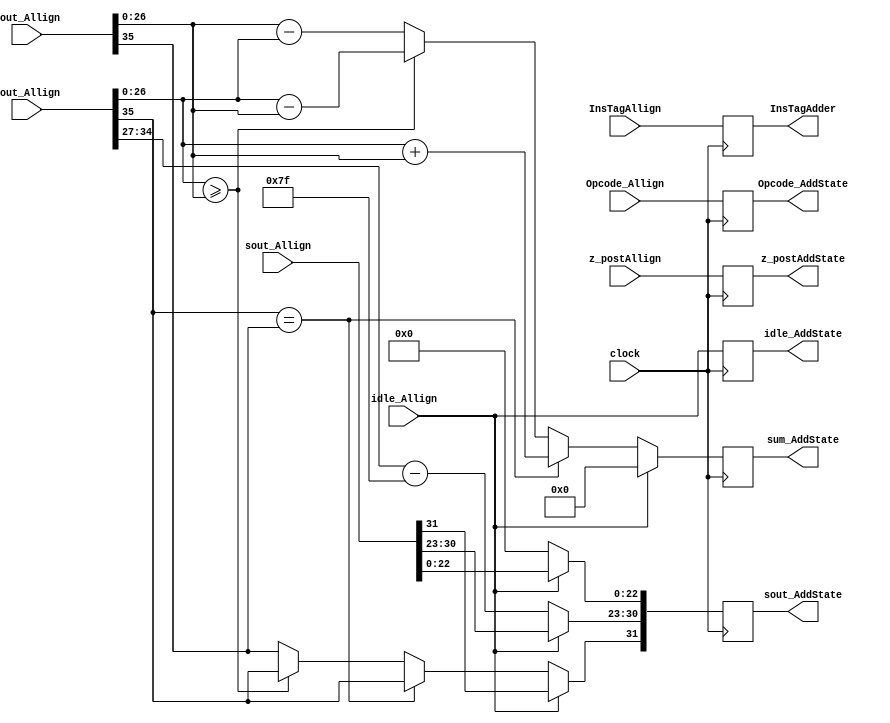
`timescale 1ns / 1ps
//////////////////////////////////////////////////////////////////////////////////
// Company: 
// Engineer: 
// 
// Design Name: 
// Module Name:    Add 
// Project Name: 
// Target Devices: 
// Tool versions: 
// Description: 
//
// Dependencies: 
//
// Revision: 
// Revision 0.01 - File Created
// Additional Comments: 
//
//////////////////////////////////////////////////////////////////////////////////
module AddProcess(
	input [31:0] z_postAllign,
	input [3:0] Opcode_Allign,
	input idle_Allign,
	input [35:0] cout_Allign,
	input [35:0] zout_Allign,
	input [31:0] sout_Allign,
	input [7:0] InsTagAllign,
	input clock,
	output reg idle_AddState,
	output reg [31:0] sout_AddState,
	output reg [27:0] sum_AddState,
	output reg [3:0] Opcode_AddState,
	output reg [31:0] z_postAddState,
	output reg [7:0] InsTagAdder
    );
parameter no_idle = 1'b0,
			 put_idle = 1'b1;

wire z_sign;
wire [7:0] z_exponent;
wire [26:0] z_mantissa;

wire c_sign;
wire [7:0] c_exponent;
wire [26:0] c_mantissa;

assign z_sign = zout_Allign[35];
assign z_exponent = zout_Allign[34:27] - 127;
assign z_mantissa = {zout_Allign[26:0]};

assign c_sign = cout_Allign[35];
assign c_exponent = cout_Allign[34:27] - 127;
assign c_mantissa = {cout_Allign[26:0]};

parameter sin_cos		= 4'd0,
			 sinh_cosh	= 4'd1,
			 arctan		= 4'd2,
			 arctanh		= 4'd3,
			 exp			= 4'd4,
			 sqr_root   = 4'd5,			// Pre processed input is given 4'd11
												// This requires pre processing. x = (a+1)/2 and y = (a-1)/2
			 division	= 4'd6,
			 tan			= 4'd7,			// This is iterative. sin_cos followed by division.
			 tanh			= 4'd8,			// This is iterative. sinh_cosh followed by division.
			 nat_log		= 4'd9,			// This requires pre processing. x = (a+1) and y = (a-1)
			 hypotenuse = 4'd10,
			 PreProcess = 4'd11;


always @ (posedge clock)
begin
	
	InsTagAdder <= InsTagAllign;
	z_postAddState <= z_postAllign;
	Opcode_AddState <= Opcode_Allign;
	
	//if(Opcode_Allign == PreProcess) begin
	
	idle_AddState <= idle_Allign;
	
	if (idle_Allign != put_idle) begin
      sout_AddState[30:23] <= c_exponent;
		sout_AddState[22:0] <= 0;
      if (c_sign == z_sign) begin
         sum_AddState <= c_mantissa + z_mantissa;
         sout_AddState[31] <= c_sign;
      end else begin
			if (c_mantissa >= z_mantissa) begin
				sum_AddState <= c_mantissa - z_mantissa;
				sout_AddState[31] <= c_sign;
			end else begin
				sum_AddState <= z_mantissa - c_mantissa;
				sout_AddState[31] <= z_sign;
			end
      end		
	end
	
	else begin
		sout_AddState <= sout_Allign;
		sum_AddState <= 0;
	end
	
	//end
end

endmodule